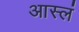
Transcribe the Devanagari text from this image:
आस्लं